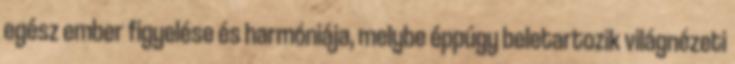
egész ember figyelése és harmóniája, melybe éppúgy beletartozik világnézeti